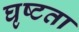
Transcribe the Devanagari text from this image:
घृष्टता